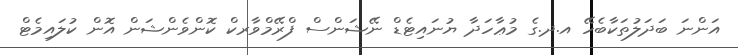
އަންނަ ބަދަލުތަކާބެހޭ އ.ދ.ގެ މުޢާހަދާ ޔުނައިޓެޑް ނޭޝަންސް ފްރޭމްވާރކް ކޮންވެންޝަން އޮން ކުލައިމެޓް